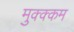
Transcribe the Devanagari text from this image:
मुक्क्कम